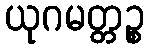
ယုဂမတ္တဉ္စ